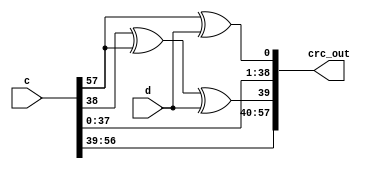
// Copyright 2009 Altera Corporation. All rights reserved.  
// Altera products are protected under numerous U.S. and foreign patents, 
// maskwork rights, copyrights and other intellectual property laws.  
//
// This reference design file, and your use thereof, is subject to and governed
// by the terms and conditions of the applicable Altera Reference Design 
// License Agreement (either as signed by you or found at www.altera.com).  By
// using this reference design file, you indicate your acceptance of such terms
// and conditions between you and Altera Corporation.  In the event that you do
// not agree with such terms and conditions, you may not use the reference 
// design file and please promptly destroy any copies you have made.
//
// This reference design file is being provided on an "as-is" basis and as an 
// accommodation and therefore all warranties, representations or guarantees of 
// any kind (whether express, implied or statutory) including, without 
// limitation, warranties of merchantability, non-infringement, or fitness for
// a particular purpose, are specifically disclaimed.  By making this reference
// design file available, Altera expressly does not recommend, suggest or 
// require that this reference design file be used in combination with any 
// other product not provided by Altera.
/////////////////////////////////////////////////////////////////////////////

//
// 58 bit CRC of 1 data bits (forward - LSB first)
// polynomial : 00000080 00000001 
//    x^39 + x^0
//
//        CCCCCCCCCCCCCCCCCCCCCCCCCCCCCCCCCCCCCCCCCCCCCCCCCCCCCCCCCC D 
//        0000000000111111111122222222223333333333444444444455555555 0 
//        0123456789012345678901234567890123456789012345678901234567 0 
// C00  = .........................................................# # 
// C01  = #......................................................... . 
// C02  = .#........................................................ . 
// C03  = ..#....................................................... . 
// C04  = ...#...................................................... . 
// C05  = ....#..................................................... . 
// C06  = .....#.................................................... . 
// C07  = ......#................................................... . 
// C08  = .......#.................................................. . 
// C09  = ........#................................................. . 
// C10  = .........#................................................ . 
// C11  = ..........#............................................... . 
// C12  = ...........#.............................................. . 
// C13  = ............#............................................. . 
// C14  = .............#............................................ . 
// C15  = ..............#........................................... . 
// C16  = ...............#.......................................... . 
// C17  = ................#......................................... . 
// C18  = .................#........................................ . 
// C19  = ..................#....................................... . 
// C20  = ...................#...................................... . 
// C21  = ....................#..................................... . 
// C22  = .....................#.................................... . 
// C23  = ......................#................................... . 
// C24  = .......................#.................................. . 
// C25  = ........................#................................. . 
// C26  = .........................#................................ . 
// C27  = ..........................#............................... . 
// C28  = ...........................#.............................. . 
// C29  = ............................#............................. . 
// C30  = .............................#............................ . 
// C31  = ..............................#........................... . 
// C32  = ...............................#.......................... . 
// C33  = ................................#......................... . 
// C34  = .................................#........................ . 
// C35  = ..................................#....................... . 
// C36  = ...................................#...................... . 
// C37  = ....................................#..................... . 
// C38  = .....................................#.................... . 
// C39  = ......................................#..................# # 
// C40  = .......................................#.................. . 
// C41  = ........................................#................. . 
// C42  = .........................................#................ . 
// C43  = ..........................................#............... . 
// C44  = ...........................................#.............. . 
// C45  = ............................................#............. . 
// C46  = .............................................#............ . 
// C47  = ..............................................#........... . 
// C48  = ...............................................#.......... . 
// C49  = ................................................#......... . 
// C50  = .................................................#........ . 
// C51  = ..................................................#....... . 
// C52  = ...................................................#...... . 
// C53  = ....................................................#..... . 
// C54  = .....................................................#.... . 
// C55  = ......................................................#... . 
// C56  = .......................................................#.. . 
// C57  = ........................................................#. . 
//
// Number of XORs used is 58
// Maximum XOR input count is 3
//   Best possible depth in 4 LUTs = 1
//   Best possible depth in 5 LUTs = 1
//   Best possible depth in 6 LUTs = 1
// Total XOR inputs 61
//

module crc_flat (
    input [57:0] c,
    input [0:0] d,
    output [57:0] crc_out
);

assign crc_out[0] =
    c[57] ^ d[0];

assign crc_out[1] =
    c[0];

assign crc_out[2] =
    c[1];

assign crc_out[3] =
    c[2];

assign crc_out[4] =
    c[3];

assign crc_out[5] =
    c[4];

assign crc_out[6] =
    c[5];

assign crc_out[7] =
    c[6];

assign crc_out[8] =
    c[7];

assign crc_out[9] =
    c[8];

assign crc_out[10] =
    c[9];

assign crc_out[11] =
    c[10];

assign crc_out[12] =
    c[11];

assign crc_out[13] =
    c[12];

assign crc_out[14] =
    c[13];

assign crc_out[15] =
    c[14];

assign crc_out[16] =
    c[15];

assign crc_out[17] =
    c[16];

assign crc_out[18] =
    c[17];

assign crc_out[19] =
    c[18];

assign crc_out[20] =
    c[19];

assign crc_out[21] =
    c[20];

assign crc_out[22] =
    c[21];

assign crc_out[23] =
    c[22];

assign crc_out[24] =
    c[23];

assign crc_out[25] =
    c[24];

assign crc_out[26] =
    c[25];

assign crc_out[27] =
    c[26];

assign crc_out[28] =
    c[27];

assign crc_out[29] =
    c[28];

assign crc_out[30] =
    c[29];

assign crc_out[31] =
    c[30];

assign crc_out[32] =
    c[31];

assign crc_out[33] =
    c[32];

assign crc_out[34] =
    c[33];

assign crc_out[35] =
    c[34];

assign crc_out[36] =
    c[35];

assign crc_out[37] =
    c[36];

assign crc_out[38] =
    c[37];

assign crc_out[39] =
    c[38] ^ c[57] ^ d[0];

assign crc_out[40] =
    c[39];

assign crc_out[41] =
    c[40];

assign crc_out[42] =
    c[41];

assign crc_out[43] =
    c[42];

assign crc_out[44] =
    c[43];

assign crc_out[45] =
    c[44];

assign crc_out[46] =
    c[45];

assign crc_out[47] =
    c[46];

assign crc_out[48] =
    c[47];

assign crc_out[49] =
    c[48];

assign crc_out[50] =
    c[49];

assign crc_out[51] =
    c[50];

assign crc_out[52] =
    c[51];

assign crc_out[53] =
    c[52];

assign crc_out[54] =
    c[53];

assign crc_out[55] =
    c[54];

assign crc_out[56] =
    c[55];

assign crc_out[57] =
    c[56];

endmodule